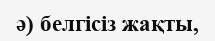
ә) белгісіз жақты,